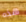
هذه